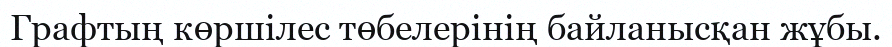
Графтың көршілес төбелерінің байланысқан жұбы.